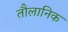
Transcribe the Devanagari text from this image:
तौलानिक